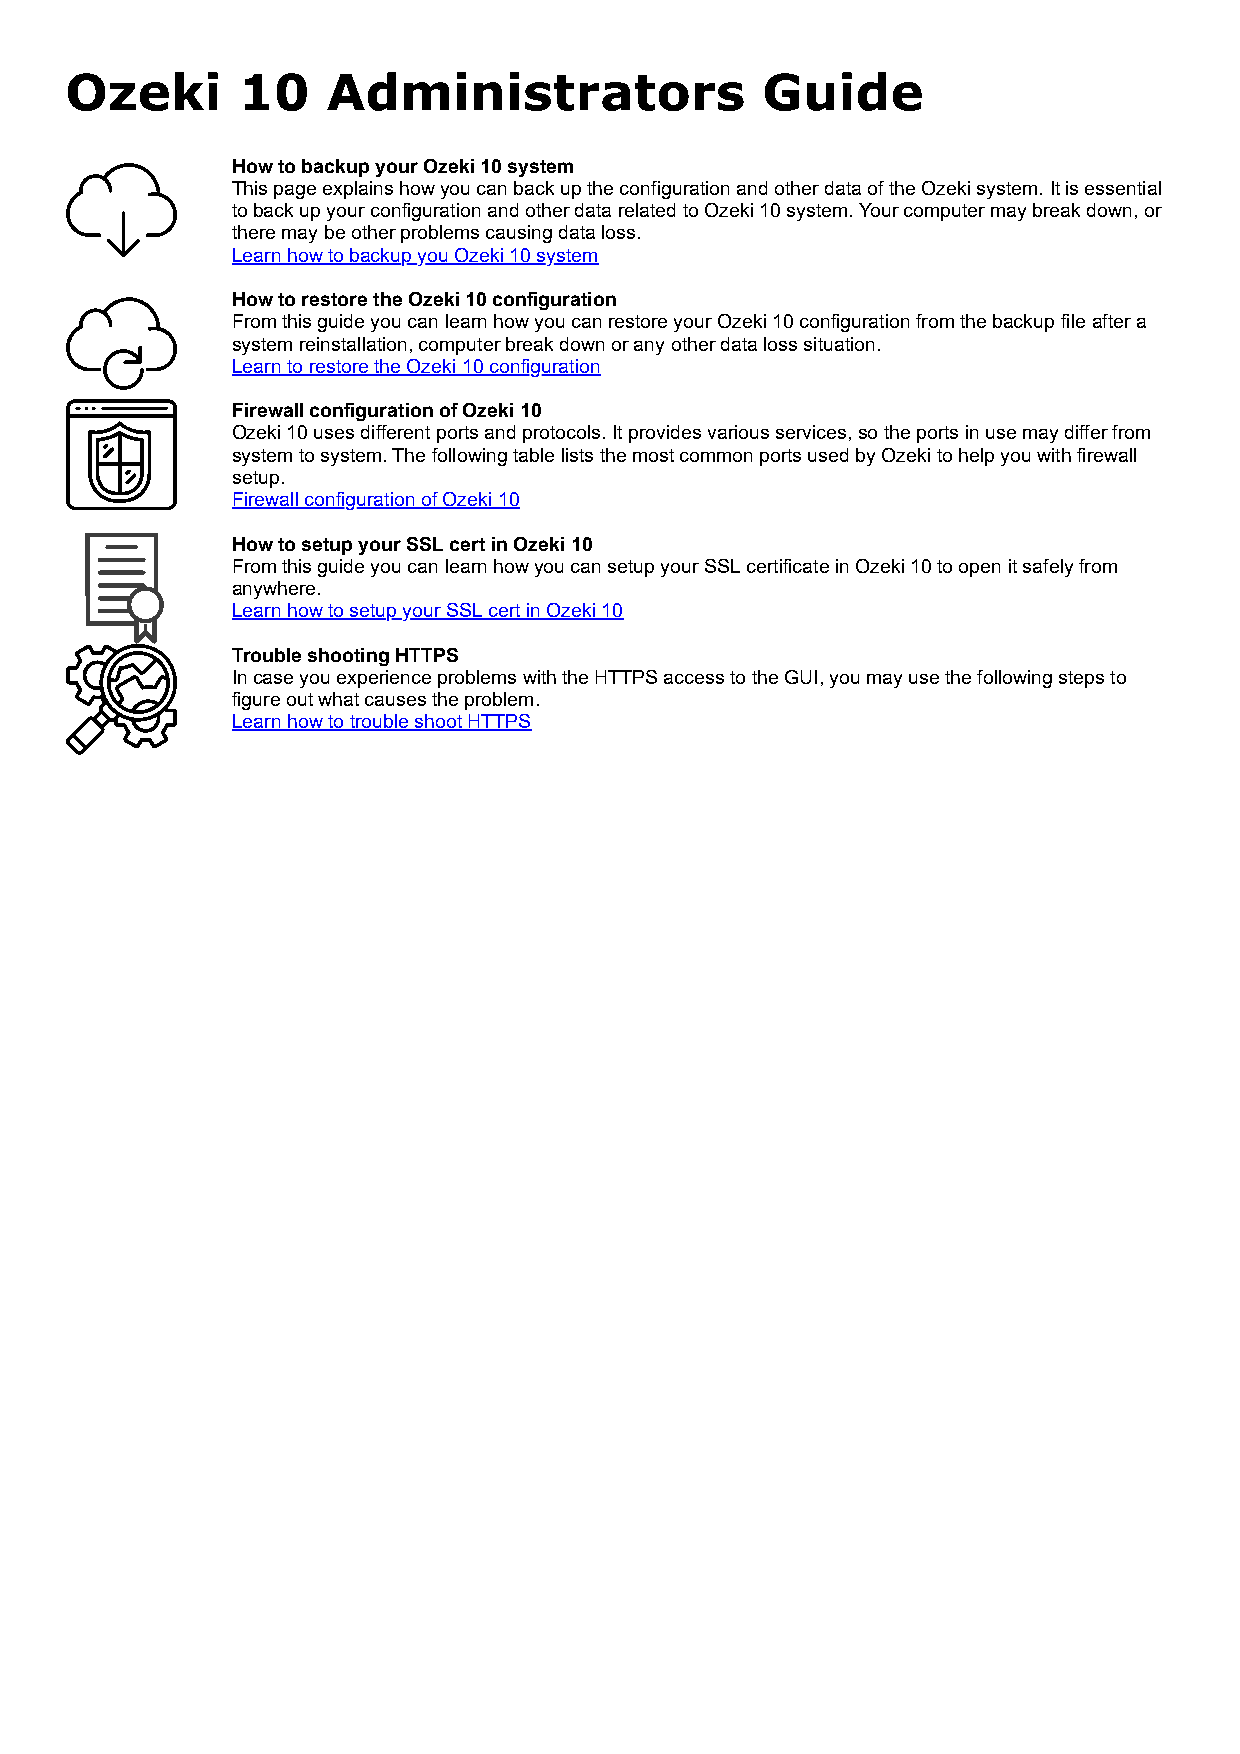
Ozeki       10    Administrators              Guide
 How to backup your Ozeki 10 system
 This page explains how you can back up the configuration and other data of the Ozeki system. It is essential
 to back up your configuration and other data related to Ozeki 10 system. Your computer may break down, or
 there may be other problems causing data loss.
 Learn how to backup you Ozeki 10 system
 How to restore the Ozeki 10 configuration
 From this guide you can learn how you can restore your Ozeki 10 configuration from the backup file after a
 system reinstallation, computer break down or any other data loss situation.
 Learn to restore the Ozeki 10 configuration
 Firewall configuration of Ozeki 10
 Ozeki 10 uses different ports and protocols. It provides various services, so the ports in use may differ from
 system to system. The following table lists the most common ports used by Ozeki to help you with firewall
 setup.
 Firewall configuration of Ozeki 10
 How to setup your SSL cert in Ozeki 10
 From this guide you can learn how you can setup your SSL certificate in Ozeki 10 to open it safely from
 anywhere.
 Learn how to setup your SSL cert in Ozeki 10
 Trouble shooting HTTPS
 In case you experience problems with the HTTPS access to the GUI, you may use the following steps to
 figure out what causes the problem.
 Learn how to trouble shoot HTTPS